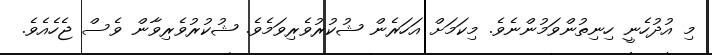
މި އުދުހެނީ ހިނިތުންވަމުންނެވެ. މިކަމަށް އަހަރެން ޝުކުރުވެރިވަމެވެ. ޝުކުރުވެރިވާން ވެސް ޖެހެއެވެ.